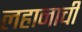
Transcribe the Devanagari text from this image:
लहानाची